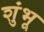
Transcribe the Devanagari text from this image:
शुंभू